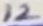
Text: 12